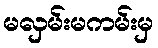
မလှမ်းမကမ်းမှ